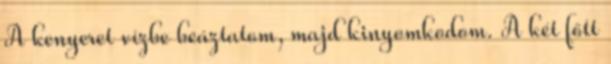
A kenyeret vízbe beáztatom, majd kinyomkodom. A két főtt